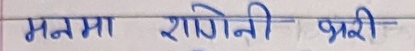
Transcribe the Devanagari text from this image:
मनमा रागेनी भारी